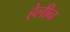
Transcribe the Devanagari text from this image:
हेलीन